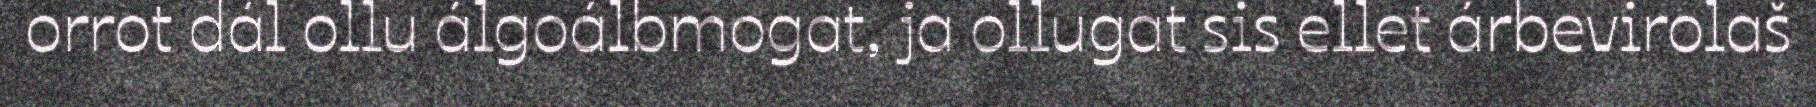
orrot dál ollu álgoálbmogat, ja ollugat sis ellet árbevirolaš